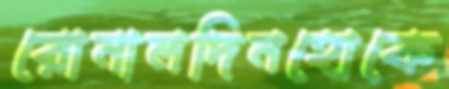
রোনালদিনহোকে